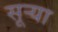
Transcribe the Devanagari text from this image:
सूऱ्या